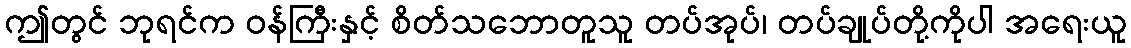
ဤတွင် ဘုရင်က ဝန်ကြီးနှင့် စိတ်သဘောတူသူ တပ်အုပ်၊ တပ်ချုပ်တို့ကိုပါ အရေးယူ